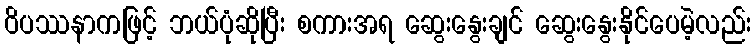
ဝိပဿနာကဖြင့် ဘယ်ပုံဆိုပြီး စကားအရ ဆွေးနွေးချင် ဆွေးနွေးနိုင်ပေမဲ့လည်း